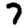
Digit: 7